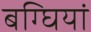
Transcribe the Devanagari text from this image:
बग्घियां